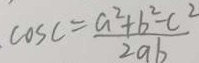
\cos = \frac { a ^ { 2 } + b ^ { 2 } - c ^ { 2 } } { 2 a b }